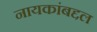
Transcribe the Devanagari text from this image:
नायकांबद्दल